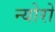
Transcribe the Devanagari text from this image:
न्योरो